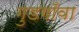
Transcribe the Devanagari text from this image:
गुडगाँवा